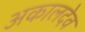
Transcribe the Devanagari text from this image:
अकालदेव